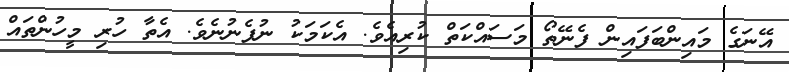
އޭނަގެ މައިންބަފައިން ފެނޭތޯ މަސައްކަތް ކުރިއެވެ. އެކަމަކު ނުފެނުނެވެ. އެތާ ހުރި މީހުންތައް